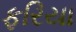
ફરિયા